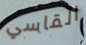
القاسي